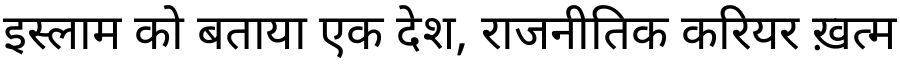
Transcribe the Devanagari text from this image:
इस्लाम को बताया एक देश, राजनीतिक करियर ख़त्म